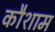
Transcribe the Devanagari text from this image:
कौशाम